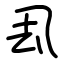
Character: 厾